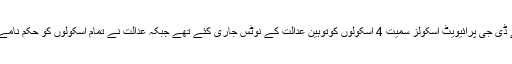
یاد رہے گذشتہ ہفتے اسکول فیس میں پانچ فیصد سے زائد اضافے کے معاملے پر سندھ ہائی کورٹ نے ڈی جی پرائیویٹ اسکولز سمیت 4 اسکولوں کوتوہین عدالت کے نوٹس جاری کئے تھے جبکہ عدالت نے تمام اسکولوں کو حکم نامے پر مکمل عمل کرنے کا حکم دیتے ہوئے سندھ حکومت سےفیس اسٹرکچر کاریکارڈ بھی مانگ لیا تھا۔